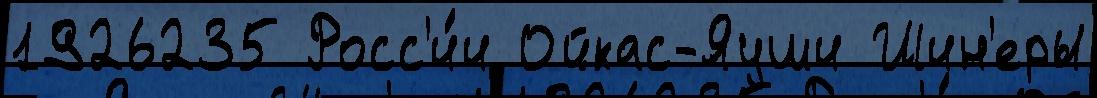
1926235 Росс'и́и Ойкас-Яуши Шин'еры